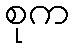
စုက